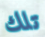
تلك